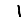
Digit: 1